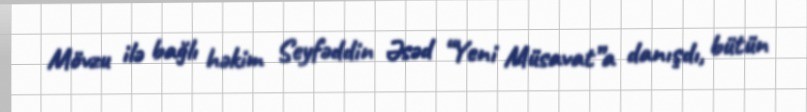
Mövzu ilə bağlı həkim Seyfəddin Əsəd “Yeni Müsavat”a danışdı, bütün